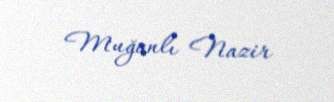
Muğanlı Nazir